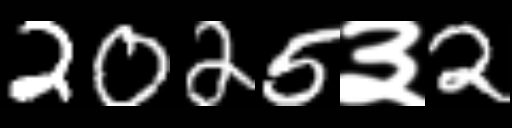
Text: 2025३2